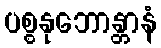
ပစ္စနုဘောန္တာနံ